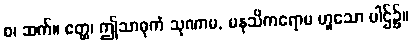
စ၊ ဆက်။ ဧတ္ထ၊ ဤသာဓုကံ သုဏာမ, မနသိကရောမ ဟူသော ပါဌ်၌။